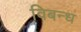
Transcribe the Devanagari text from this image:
विबन्ध